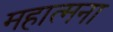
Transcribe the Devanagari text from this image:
महात्मना